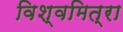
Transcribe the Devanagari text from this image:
विश्वमित्रा